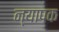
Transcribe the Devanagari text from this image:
न्यापक